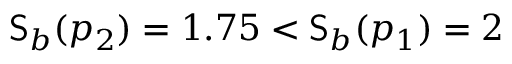
\mathsf { S } _ { b } ( p _ { 2 } ) = 1 . 7 5 < \mathsf { S } _ { b } ( p _ { 1 } ) = 2